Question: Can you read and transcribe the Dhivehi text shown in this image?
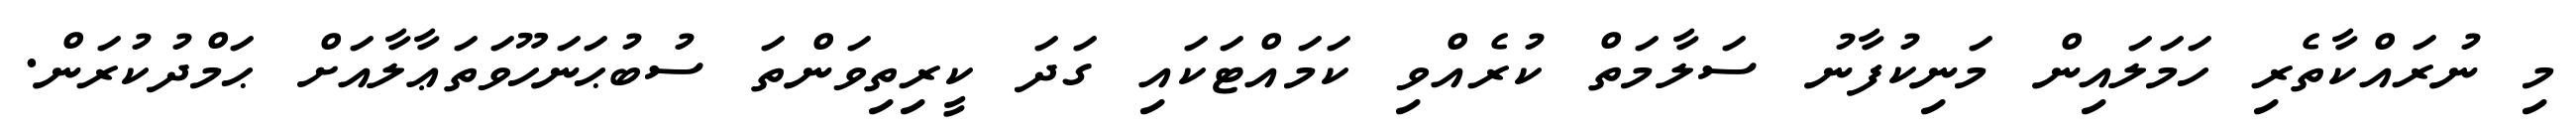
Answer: މި ނުރައްކާތެރި ހަމަލައިން މަނިކުފާނު ސަލާމަތް ކުރެއްވި ކަމައްޓަކައި ގަދަ ކީރިތިވަންތަ ސުބުޙަނަހޫވަތަޢާލާއަށް ޙަމްދުކުރަން.